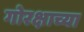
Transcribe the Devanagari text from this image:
गोरक्षाच्या